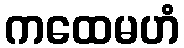
ကထေမဟံ